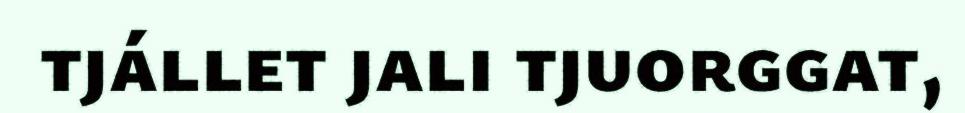
tjállet jali tjuorggat,